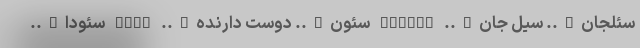
سئلجان….. سیل جان….. SELCAN سئون….. دوست دارنده….. SEVN سئودا…..